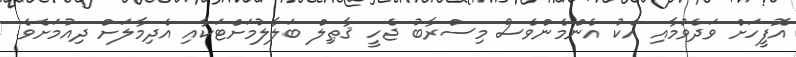
އޮފީހަށް ވަދެވުމާއި އެކު އެންމެންވެސް މިސްރާބު ޖެހީ ޤާޠިލް ބަލާލުމަށްޓަކާއި އެދިމާލަށް ދިއުމަށެވެ.